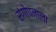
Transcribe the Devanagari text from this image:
संगोपनाला